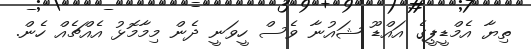
ތިޔާ އެމްޑީޕީގެ އައްޑޫ ޝައުނާ ވެސް ހީވަނީ ދެން މިމާމޮޅު އެއްޗެއް ހެން.